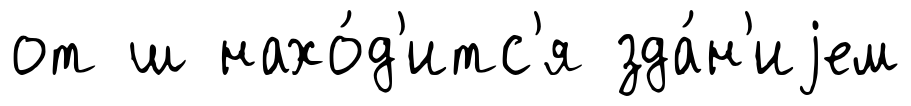
от ш нахо́д'итс'я зда́н'иjем